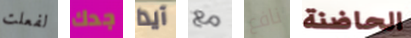
لفعلت جدك آيدا مع نافع الحاضنة